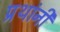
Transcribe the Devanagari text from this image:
प्रथांनी